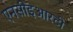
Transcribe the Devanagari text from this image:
एनसीइआरटी